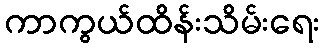
ကာကွယ်ထိန်းသိမ်းရေး